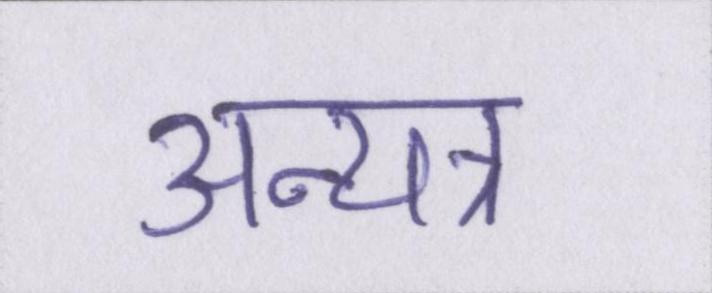
अन्यत्र